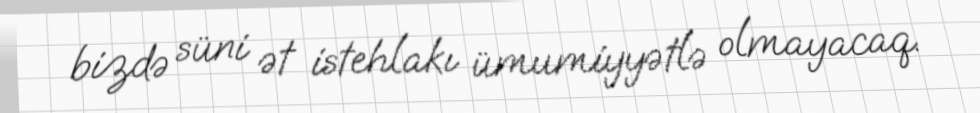
bizdə süni ət istehlakı ümumiyyətlə olmayacaq.